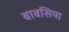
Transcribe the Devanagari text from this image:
बाबसिया